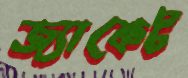
জ্যাকেট